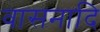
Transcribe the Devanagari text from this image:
वासनादि